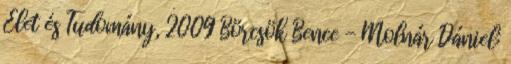
Élet és Tudomány, 2009 Börcsök Bence - Molnár Dániel: